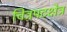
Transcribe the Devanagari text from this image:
चित्रपटक्षेत्र